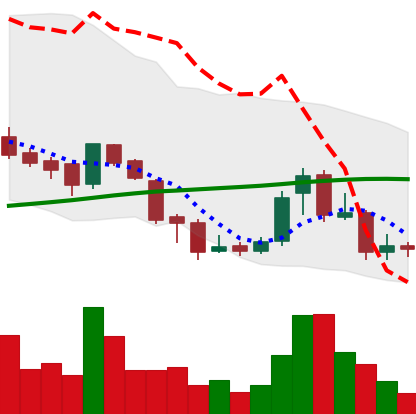
Ticker: BNB-USD
Chart end date: 2018-07-22
Forward return: 14.875%
Label: up_7plus